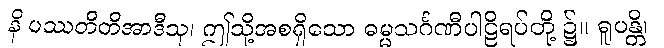
နိ ပဿတီတိအာဒီသု၊ ဤသို့အစရှိသော ဓမ္မသင်္ဂဏီပါဠိရပ်တို့ ၌။ ရူပန္တိ၊